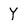
Character: Y